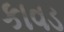
કાવડ